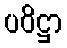
ပဝိဋ္ဌာ